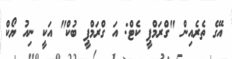
އޭގެ ތެރެއިން "ގްރަމްޕީ ކެޓް: އަ ގްރަމްޕީ ބުކް" އަކީ ނިއު ޔޯކް